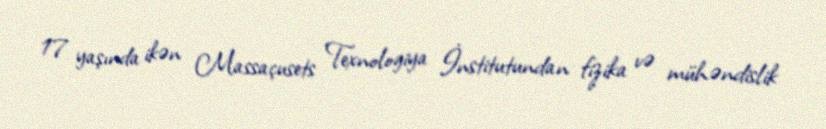
17 yaşında ikən Massaçusets Texnologiya İnstitutundan fizika və mühəndislik